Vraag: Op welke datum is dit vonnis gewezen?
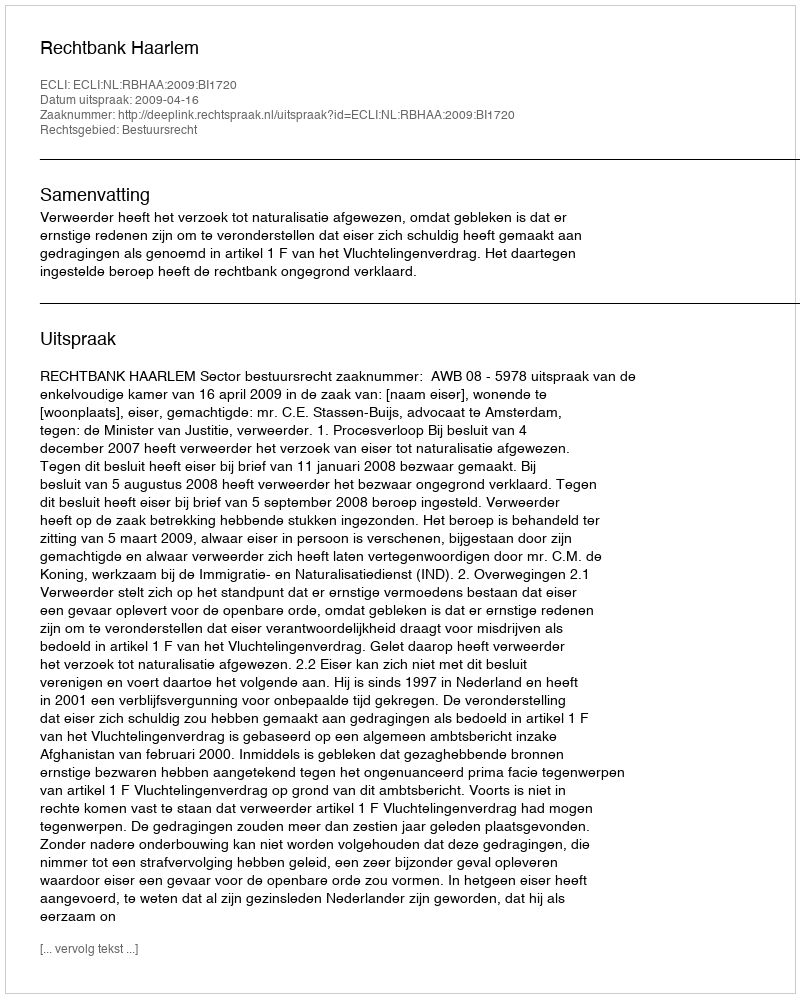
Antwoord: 2009-04-16